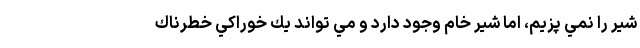
شير را نمي پزيم، اما شير خام وجود دارد و مي تواند يك خوراكي خطرناك